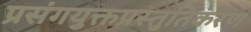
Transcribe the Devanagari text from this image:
प्रसंगयुक्तप्रस्तुतिकरण